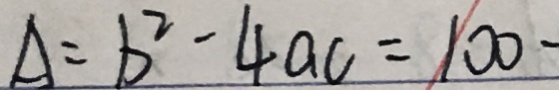
A = b ^ { 2 } - 4 a c = 1 0 0 -